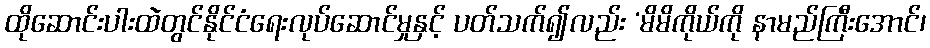
ထိုဆောင်းပါးထဲတွင်နိုင်ငံရေးလုပ်ဆောင်မှုနှင့် ပတ်သက်၍လည်း ‘မိမိကိုယ်ကို နာမည်ကြီးအောင်၊